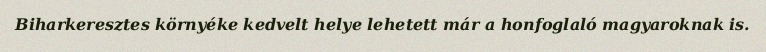
Biharkeresztes környéke kedvelt helye lehetett már a honfoglaló magyaroknak is.